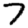
Digit: 7